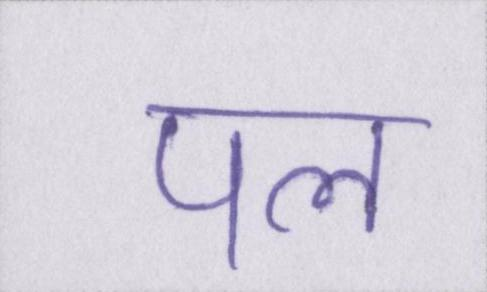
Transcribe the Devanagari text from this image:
पल